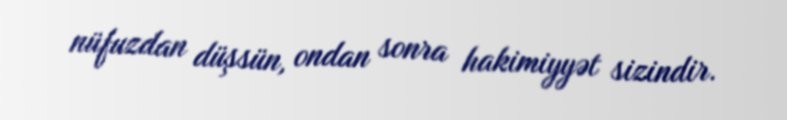
nüfuzdan düşsün, ondan sonra hakimiyyət sizindir.